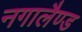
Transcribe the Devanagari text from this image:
नगालैण्ड